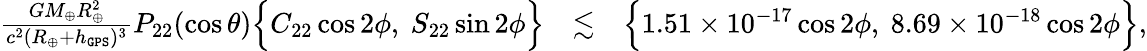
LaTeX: \begin{array}{rlr}{\frac{GM_{\oplus}R_{\oplus}^{2}}{c^{2}(R_{\oplus}+h_{\tt GPS})^{3}}P_{22}(\cos\theta)\Big\{ C_{22}\cos 2\phi,~S_{22}\sin 2\phi\Big\} }&{\lesssim}&{\Big\{ 1.51\times 10^{-17}\cos 2\phi,~8.69\times 10^{-18}\cos 2\phi\Big\} ,}\end{array}